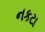
નકટા